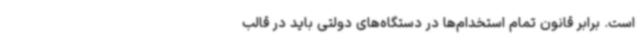
است. برابر قانون تمام استخدام‌ها در دستگاه‌های دولتی باید در قالب